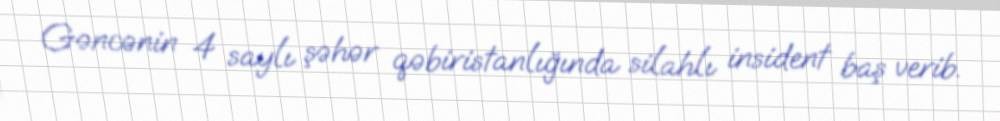
Gəncənin 4 saylı şəhər qəbiristanlığında silahlı insident baş verib.